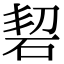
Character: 䂮